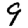
Digit: 9